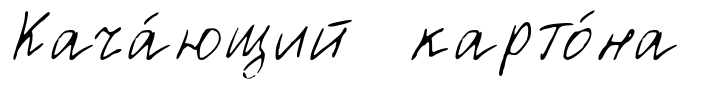
Кача́ющий карто́на